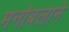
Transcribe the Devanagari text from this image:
मनोबलाने